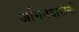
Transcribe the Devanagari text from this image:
जमिनदारांनी